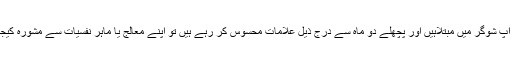
اگر آپ شوگر میں مبتلاہیں اور پچھلے دو ماہ سے درج ذیل علامات محسوس کر رہے ہیں تو اپنے معالج یا ماہر نفسیات سے مشورہ کیجیے۔